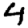
Digit: 4